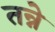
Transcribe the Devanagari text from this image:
तन्ने